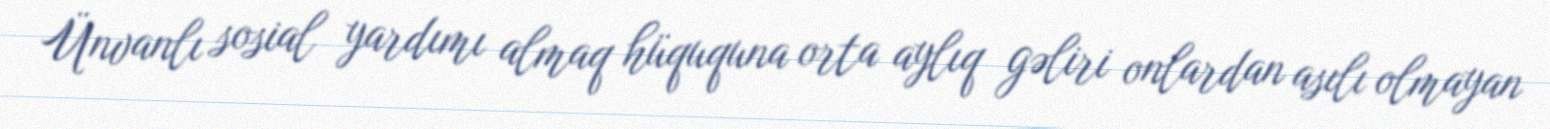
Ünvanlı sosial yardımı almaq hüququna orta aylıq gəliri onlardan asılı olmayan